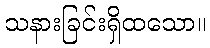
သနားခြင်းရှိထသော။